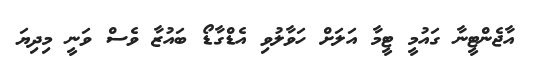
އާޖެންޓީނާ ގައުމީ ޓީމާ އަލަށް ހަވާލުވި އެޑްގާޑޯ ބައުޒާ ވެސް ވަނީ މިދިޔަ